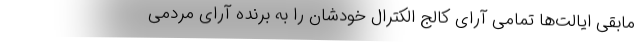
مابقی ایالت‌ها تمامی آرای کالج الکترال خودشان را به برنده آرای مردمی